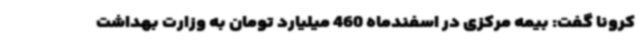
کرونا گفت: بیمه مرکزی در اسفندماه 460 میلیارد تومان به وزارت بهداشت